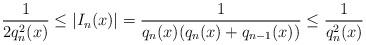
LaTeX: \begin{align*}\frac{1}{2q^2_n(x)} \leq |I_n(x)| = \frac{1}{q_n(x)(q_n(x)+q_{n-1}(x))} \leq \frac{1}{q^2_n(x)}\end{align*}